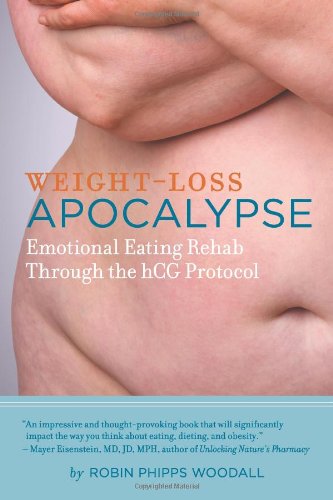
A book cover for Weight-Loss Apocalypse: Emotional Eating Rehab Through the hCG Protocol; Robin Phipps Woodall; Self-Help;